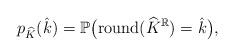
LaTeX: \begin{align*}p_{\widehat{K}}(\hat{k})&=\mathbb{P}\big(\mathrm{round}(\widehat{K}^\mathbb{R})=\hat{k}\big),\end{align*}